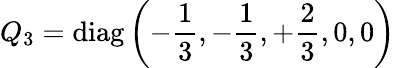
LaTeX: Q_{3}=\mathrm{diag}\left(-{\frac{1}{3}},-{\frac{1}{3}},+{\frac{2}{3}},0,0\right)